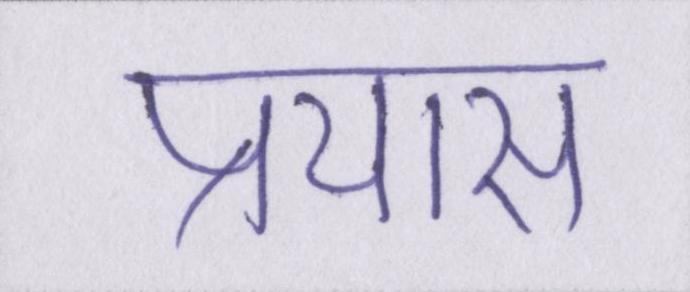
प्रयास